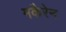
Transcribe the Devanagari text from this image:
मकैरेन